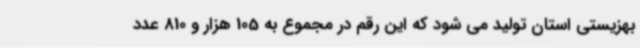
بهزیستی استان تولید می شود که این رقم در مجموع به 105 هزار و 810 عدد